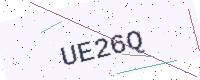
Text: UE26Q